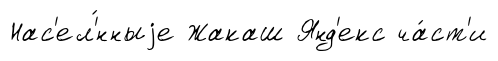
Нас'ел'́нныjе Жакаш Янд'екс ча́ст'и